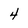
Character: 4